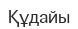
Құдайы